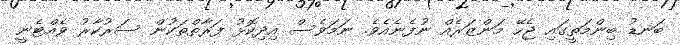
ބަނޑު ބިންމަތީގައި ޖެހޭ މަންޒަރެއް ނުފެނެއެވެ. ނަމަވެސް އިދިކޮޅު ފަރާތްތަކުން ސަރުކާރު ވެއްޓެނީ